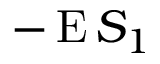
- \operatorname { E } S _ { 1 }